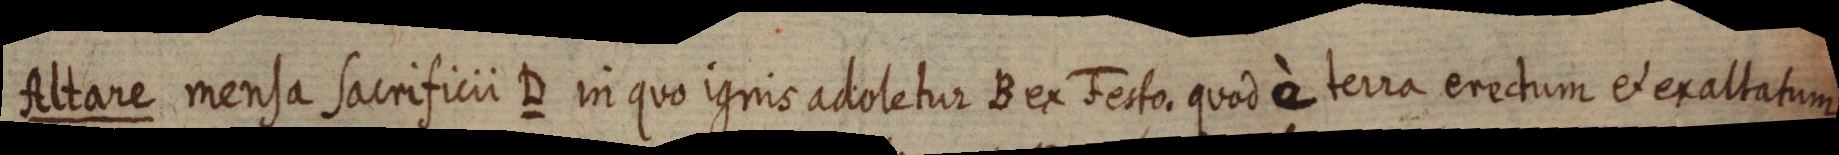
Altare mensa sacrificii D in quo ignis adoletur B ex Festo. quod è terra erectum ex exaltatum